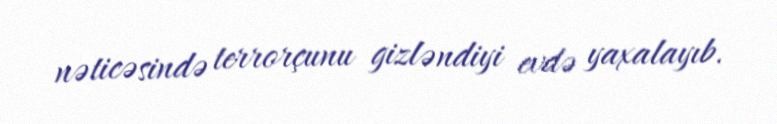
nəticəsində terrorçunu gizləndiyi evdə yaxalayıb.